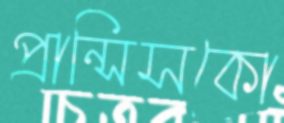
প্রান্সিসকো